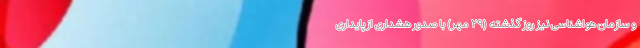
و سازمان هواشناسی نیز روز گذشته (۲۹ مهر) با صدور هشداری از پایداری